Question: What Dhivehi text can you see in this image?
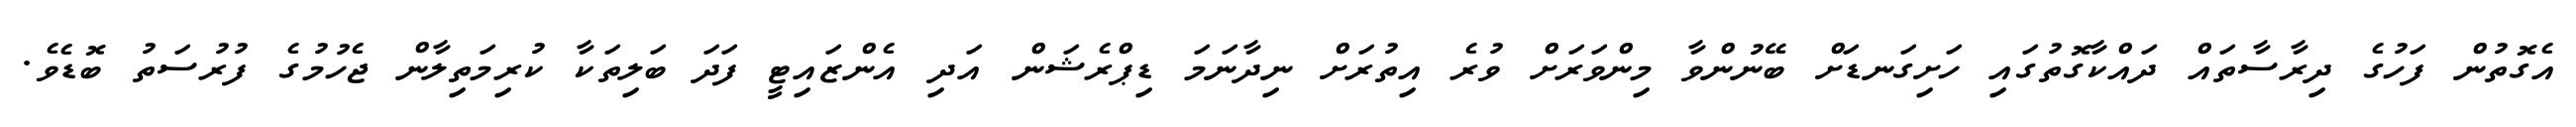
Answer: އެގޮތުން ފަހުގެ ދިރާސާތައް ދައްކާގޮތުގައި ހަށިގަނޑަށް ބޭނުންވާ މިންވަރަށް ވުރެ އިތުރަށް ނިދާނަމަ ޑިޕްރެޝަން އަދި އެންޒައިޓީ ފަދަ ބަލިތަކާ ކުރިމަތިލާން ޖެހުމުގެ ފުރުސަތު ބޮޑެވެ.